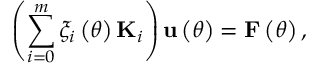
\left( \sum _ { i = 0 } ^ { m } \xi _ { i } \left( \theta \right) { \bf K } _ { i } \right) { \bf u } \left( \theta \right) = { \bf F } \left( \theta \right) ,